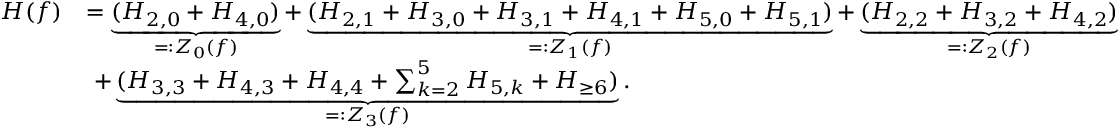
\begin{array} { r l } { H ( f ) } & { = \underbrace { ( H _ { 2 , 0 } + H _ { 4 , 0 } ) } _ { = : Z _ { 0 } ( f ) } + \underbrace { ( H _ { 2 , 1 } + H _ { 3 , 0 } + H _ { 3 , 1 } + H _ { 4 , 1 } + H _ { 5 , 0 } + H _ { 5 , 1 } ) } _ { = : Z _ { 1 } ( f ) } + \underbrace { ( H _ { 2 , 2 } + H _ { 3 , 2 } + H _ { 4 , 2 } ) } _ { = : Z _ { 2 } ( f ) } } \\ & { \ + \underbrace { ( H _ { 3 , 3 } + H _ { 4 , 3 } + H _ { 4 , 4 } + \sum _ { k = 2 } ^ { 5 } H _ { 5 , k } + H _ { \ge 6 } ) } _ { = : Z _ { 3 } ( f ) } . } \end{array}